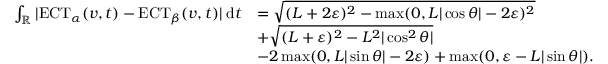
\begin{array} { r l } { \int _ { \mathbb { R } } | \mathrm { E C T } _ { \alpha } ( v , t ) - \mathrm { E C T } _ { \beta } ( v , t ) | \; \mathrm { d } t } & { = \sqrt { ( L + 2 \varepsilon ) ^ { 2 } - \operatorname* { m a x } ( 0 , L | \cos \theta | - 2 \varepsilon ) ^ { 2 } } } \\ & { + \sqrt { ( L + \varepsilon ) ^ { 2 } - L ^ { 2 } | \cos ^ { 2 } \theta | } } \\ & { - 2 \operatorname* { m a x } ( 0 , L | \sin \theta | - 2 \varepsilon ) + \operatorname* { m a x } ( 0 , \varepsilon - L | \sin \theta | ) . } \end{array}